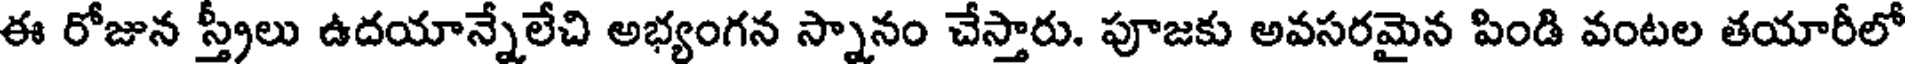
ఈ రోజున స్త్రీలు ఉదయాన్నేలేచి అభ్యంగన స్నానం చేస్తారు. పూజకు అవసరమైన పిండి వంటల తయారీలో